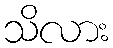
သိလား